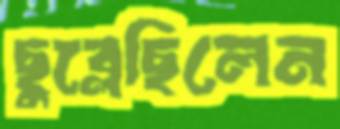
ছুব্‌লেছিলেন